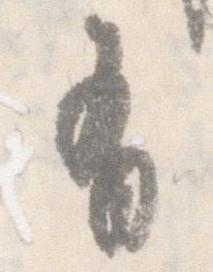
有